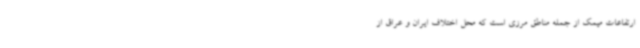
ارتفاعات میمک از جمله مناطق مرزی است که محل اختلاف ایران و عراق از